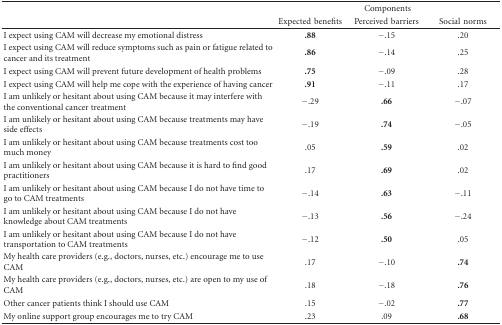
<table><thead><tr><td></td><td colspan="3"><b>Components</b></td></tr><tr><td></td><td><b>Expectedbenefits</b></td><td><b>Perceivedbarriers</b></td><td><b>Socialnorms</b></td></tr></thead><tbody><tr><td>I expect using CAM will decrease my emotional distress</td><td><b>.88</b></td><td>−.15</td><td>.20</td></tr><tr><td>I expect using CAM will reduce symptoms such as pain or fatigue related to cancer and its treatment</td><td><b>.86</b></td><td>−.14</td><td>.25</td></tr><tr><td>I expect using CAM will prevent future development of health problems</td><td><b>.75</b></td><td>−.09</td><td>.28</td></tr><tr><td>I expect using CAM will help me cope with the experience of having cancer</td><td><b>.91</b></td><td>−.11</td><td>.17</td></tr><tr><td>I am unlikely or hesitant about using CAM because it may interfere with the conventional cancer treatment</td><td>−.29</td><td><b>.66</b></td><td>−.07</td></tr><tr><td>I am unlikely or hesitant about using CAM because treatments may have side effects</td><td>−.19</td><td><b>.74</b></td><td>−.05</td></tr><tr><td>I am unlikely or hesitant about using CAM because treatments cost too much money</td><td>.05</td><td><b>.59</b></td><td>.02</td></tr><tr><td>I am unlikely or hesitant about using CAM because it is hard to find good practitioners</td><td>.17</td><td><b>.69</b></td><td>.02</td></tr><tr><td>I am unlikely or hesitant about using CAM because I do not have time to go to CAM treatments</td><td>−.14</td><td><b>.63</b></td><td>−.11</td></tr><tr><td>I am unlikely or hesitant about using CAM because I do not have knowledge about CAM treatments</td><td>−.13</td><td><b>.56</b></td><td>−.24</td></tr><tr><td>I am unlikely or hesitant about using CAM because I do not have transportation to CAM treatments</td><td>−.12</td><td><b>.50</b></td><td>.05</td></tr><tr><td>My health care providers (e.g., doctors, nurses, etc.) encourage me to use CAM</td><td>.17</td><td>−.10</td><td><b>.74</b></td></tr><tr><td>My health care providers (e.g., doctors, nurses, etc.) are open to my use of CAM</td><td>.18</td><td>−.18</td><td><b>.76</b></td></tr><tr><td>Other cancer patients think I should use CAM</td><td>.15</td><td>−.02</td><td><b>.77</b></td></tr><tr><td>My online support group encourages me to try CAM</td><td>.23</td><td>.09</td><td><b>.68</b></td></tr></tbody></table>